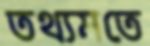
তথ্যমতে